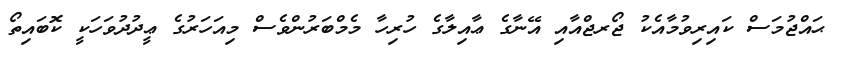
ޙައްޖުމަސް ކައިރިވުމާއެކު ޖޯރޖްއާއި އޭނާގެ ޢާއިލާގެ ހުރިހާ މެމްބަރުންވެސް މިއަހަރުގެ ޢީދުދުވަހަކީ ކޮބައިތޯ